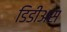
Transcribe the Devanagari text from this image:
डिडीअस